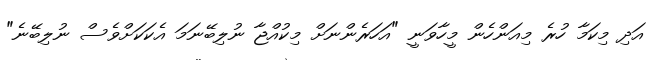
އަދި މިކަމާ ހުރެ މިއަންހެން މީހާވަނީ "އަހަރެންނަށް މިކުއްޖާ ނުލިބޭނަމަ އެކަކަށްވެސް ނުލިބޭނެ"